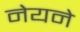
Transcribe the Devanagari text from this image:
नेयने